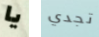
يا تجدي